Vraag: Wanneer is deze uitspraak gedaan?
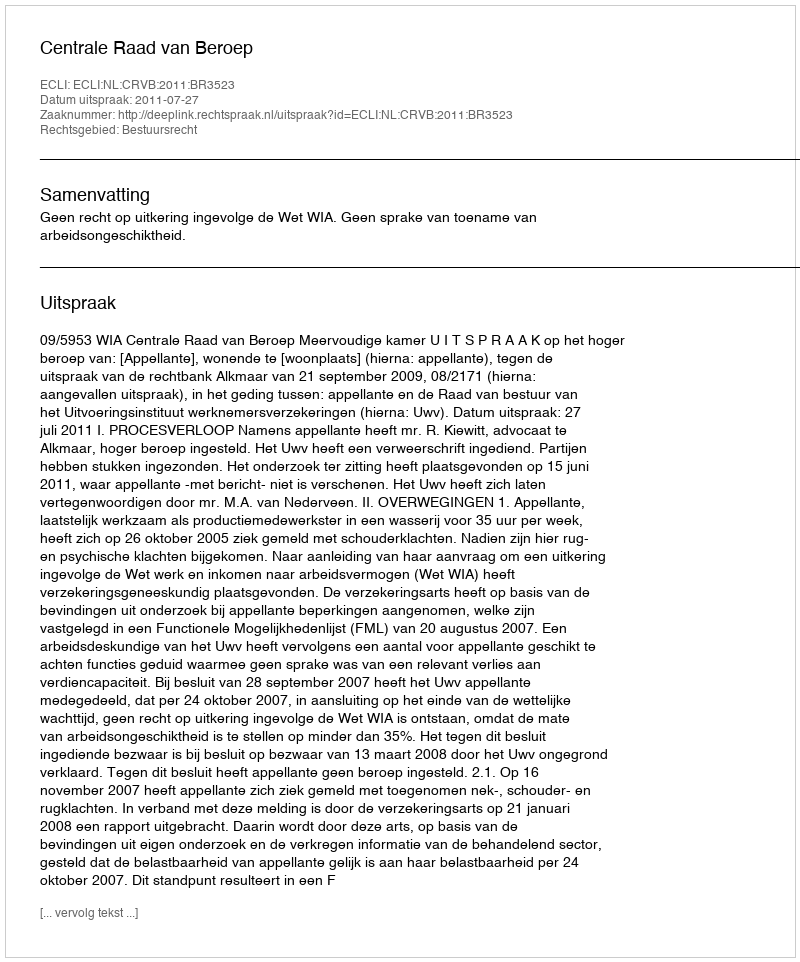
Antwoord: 2011-07-27